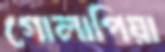
গোলাপিয়া